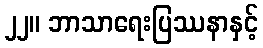
၂၂။ ဘာသာရေးပြဿနာနှင့်